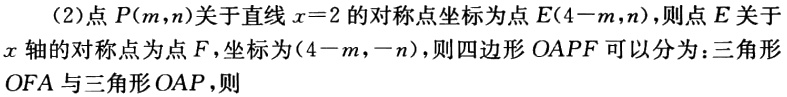
(2)点\(P(m,n)\)关于直线\(x = 2\)的对称点坐标为点\(E(4 - m,n)\)，则点\(E\)关于\(x\)轴的对称点为点\(F\)，坐标为\((4 - m,-n)\)，则四边形\(OAPF\)可以分为：三角形\(OFA\)与三角形\(OAP\)，则